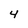
Character: 4